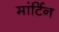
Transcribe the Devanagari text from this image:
मांर्टिन